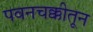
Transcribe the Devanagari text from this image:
पवनचक्कीतून